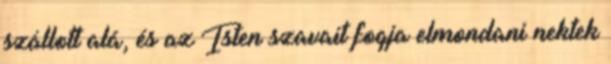
szállott alá, és az Isten szavait fogja elmondani nektek